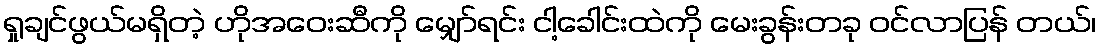
ရှုချင်ဖွယ်မရှိတဲ့ ဟိုအဝေးဆီကို မျှော်ရင်း ငါ့ခေါင်းထဲကို မေးခွန်းတခု ဝင်လာပြန် တယ်၊